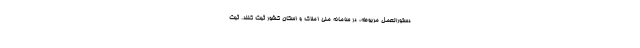
دستورالعمل مربوطه، در سامانه ملی املاک و اسکان کشور ثبت کنند. ثبت